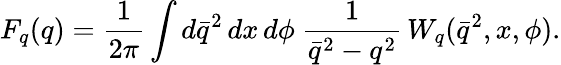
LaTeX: F_{q}(q)={\frac{1}{2\pi}}\int d\bar{q}^{2}\, dx\, d\phi\ {\frac{1}{\bar{q}^{2}-q^{2}}}\, {W}_{q}(\bar{q}^{2},x,\phi).